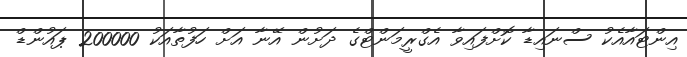
އިންޓައާއެކު ސްނައިޑާ ކޮށްފައިވާ އެގްރީމަންޓްގެ ދަށުން އޭނާ އަށް ހަފުތާއަކު 200000 ޕައުންޑް